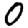
Digit: 0